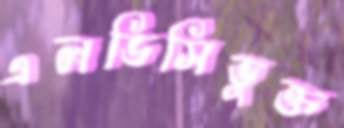
এলডিসিভুক্ত